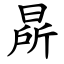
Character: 㫹